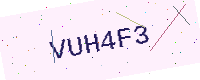
Text: VUH4F3